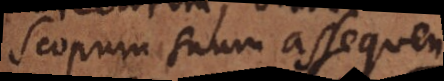
scopum suum assequen